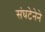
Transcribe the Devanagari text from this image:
संघटेनेने